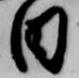
日